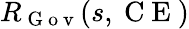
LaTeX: R_{\mathrm{~G~o~v~}}(s,\mathrm{~C~E~})